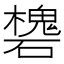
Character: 𥖸